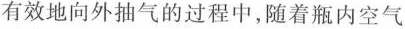
有效地向外抽气的过程中，随着瓶内空气